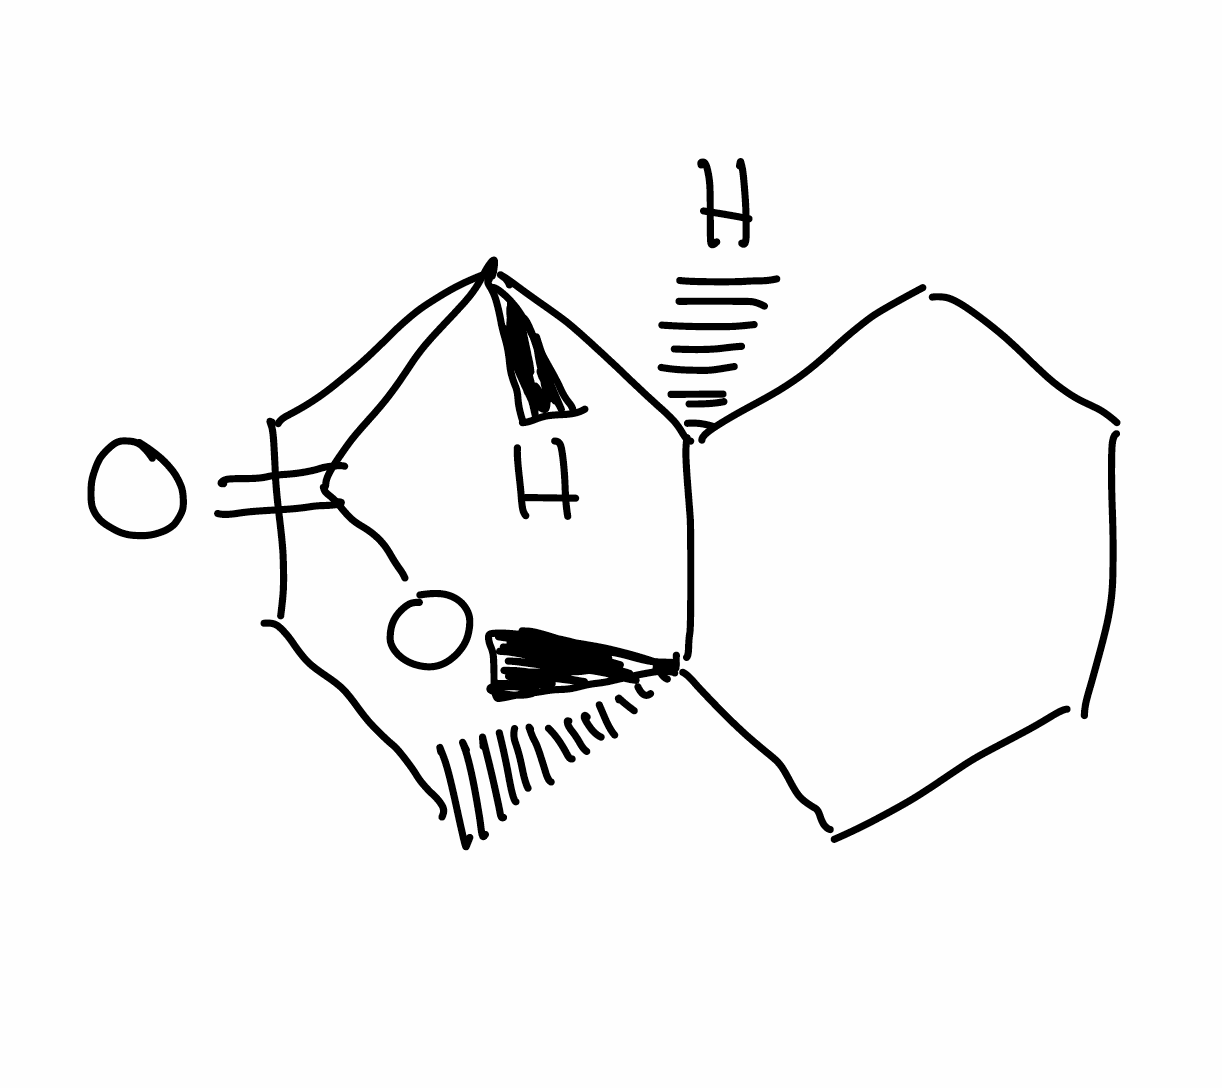
Simplified molecular-input line-entry system (SMILES) notation of the given molecule:
C1CC[C@]23CCC[C@H]([C@H]2C1)C(=O)O3